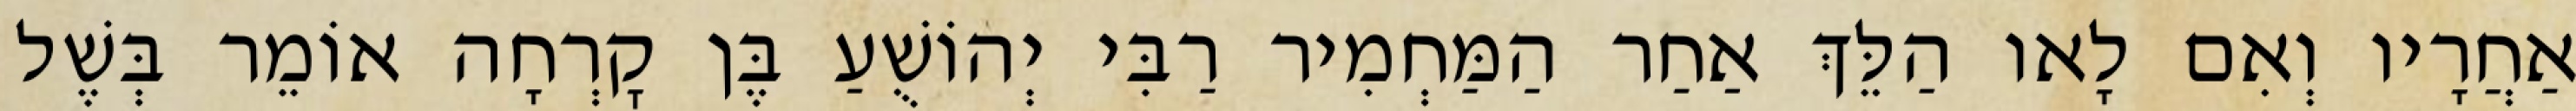
אַחֲרָיו וְאִם לָאו הַלֵּךְ אַחַר הַמַּחְמִיר רַבִּי יְהוֹשֻׁעַ בֶּן קׇרְחָה אוֹמֵר בְּשֶׁל